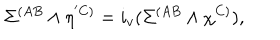
\Sigma ^ { ( A B } \wedge \eta ^ { ' C ) } = i _ { v } ( \Sigma ^ { ( A B } \wedge \chi ^ { C ) } ) ,